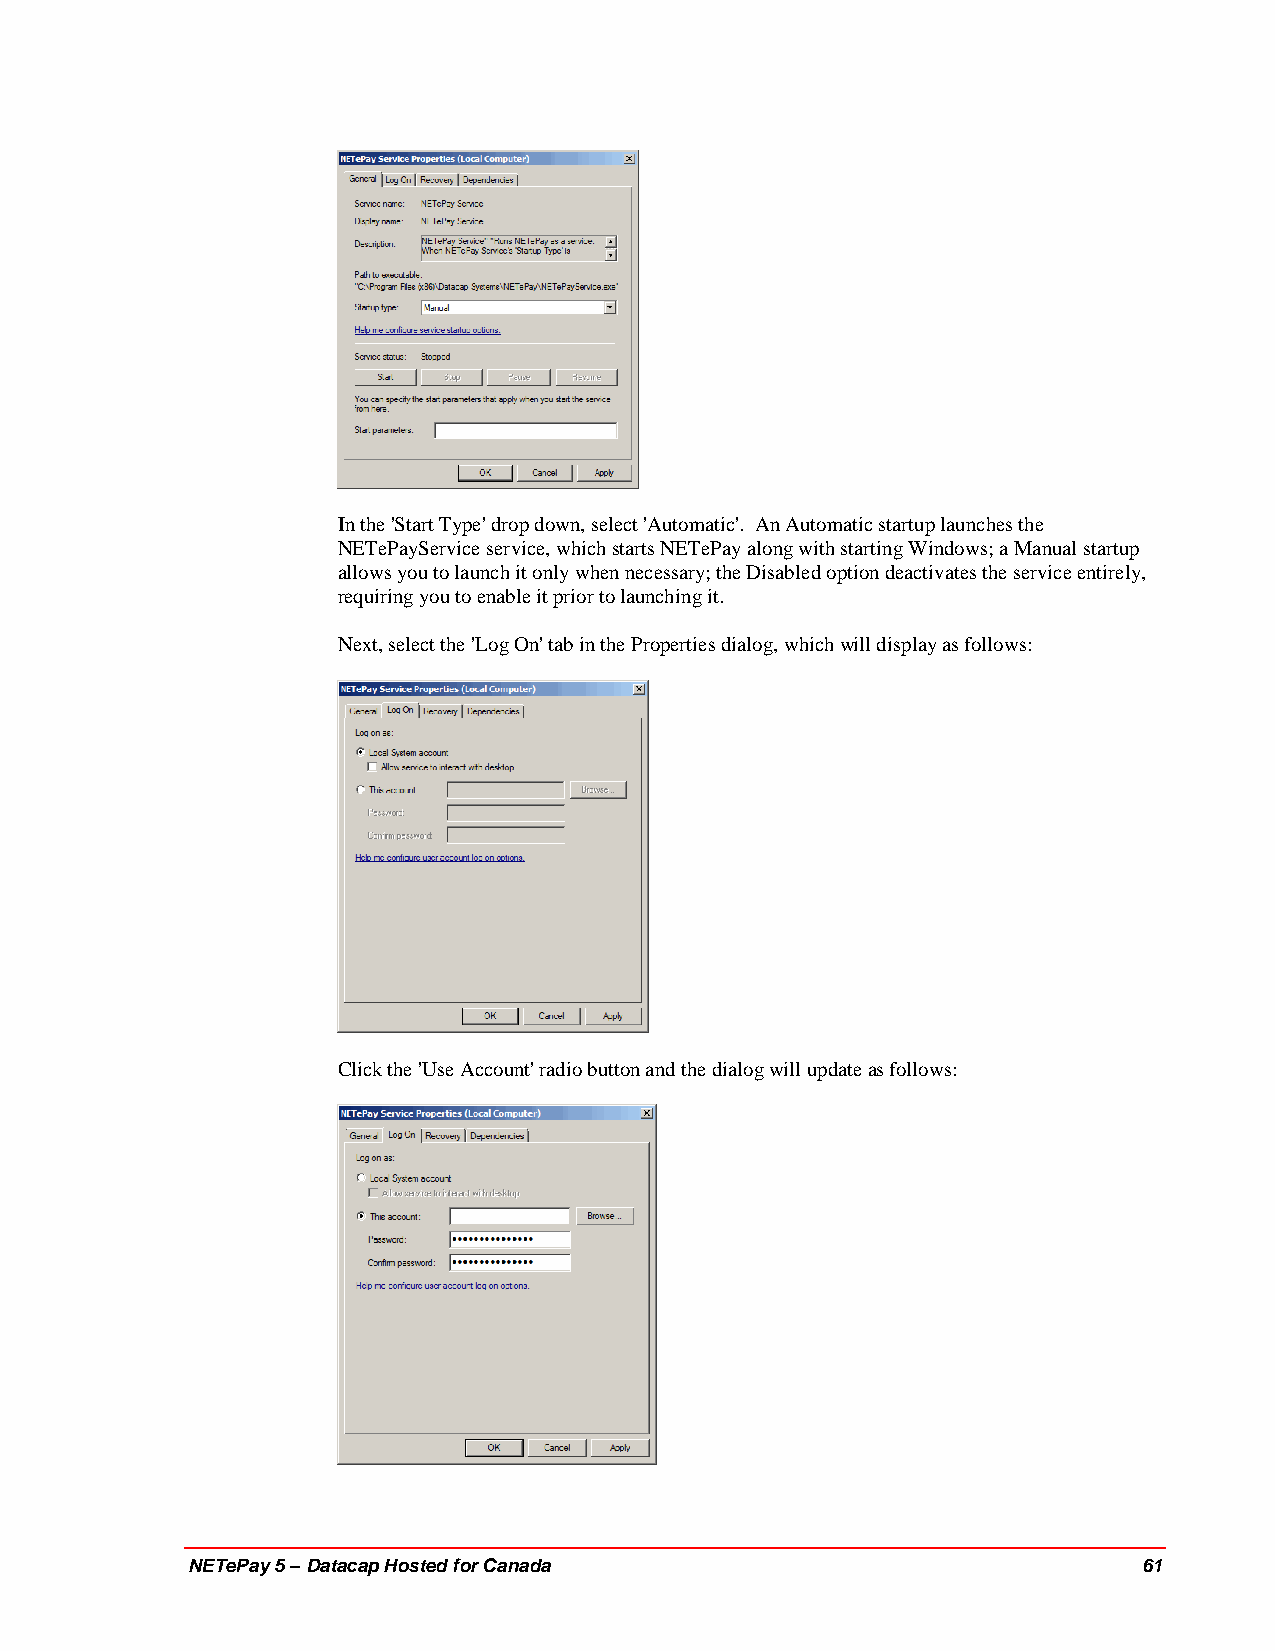
In the 'Start Type' drop down, select 'Automatic'. An Automatic startup launches the
 NETePayService service, which starts NETePay along with starting Windows; a Manual startup
 allows you to launch it only when necessary; the Disabled option deactivates the service entirely,
 requiring you to enable it prior to launching it.
 Next, select the 'Log On' tab in the Properties dialog, which will display as follows:
 Click the 'Use Account' radio button and the dialog will update as follows:
 NETePay 5 – Datacap Hosted for Canada                           61